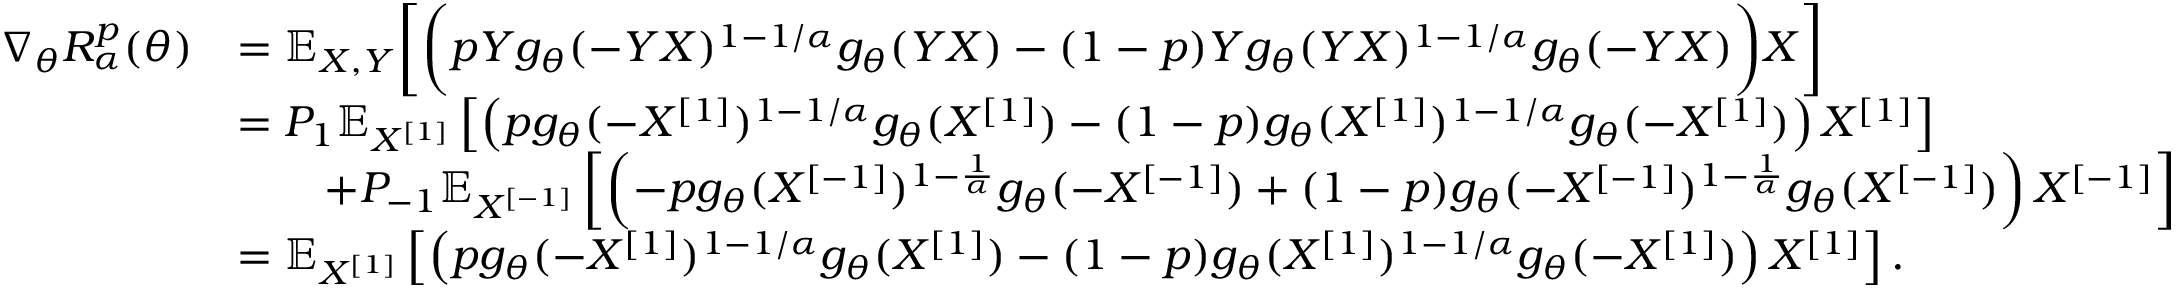
\begin{array} { r l } { \nabla _ { \theta } R _ { \alpha } ^ { p } ( \theta ) } & { = \mathbb { E } _ { X , Y } \bigg [ \bigg ( p Y g _ { \theta } ( - Y X ) ^ { 1 - 1 / \alpha } g _ { \theta } ( Y X ) - ( 1 - p ) Y g _ { \theta } ( Y X ) ^ { 1 - 1 / \alpha } g _ { \theta } ( - Y X ) \bigg ) X \bigg ] } \\ & { = P _ { 1 } \mathbb { E } _ { X ^ { [ 1 ] } } \left[ \left( p g _ { \theta } ( - X ^ { [ 1 ] } ) ^ { 1 - 1 / \alpha } g _ { \theta } ( X ^ { [ 1 ] } ) - ( 1 - p ) g _ { \theta } ( X ^ { [ 1 ] } ) ^ { 1 - 1 / \alpha } g _ { \theta } ( - X ^ { [ 1 ] } ) \right) X ^ { [ 1 ] } \right] } \\ & { \quad \quad + P _ { - 1 } \mathbb { E } _ { X ^ { [ - 1 ] } } \left[ \left( - p g _ { \theta } ( X ^ { [ - 1 ] } ) ^ { 1 - \frac { 1 } { \alpha } } g _ { \theta } ( - X ^ { [ - 1 ] } ) + ( 1 - p ) g _ { \theta } ( - X ^ { [ - 1 ] } ) ^ { 1 - \frac { 1 } { \alpha } } g _ { \theta } ( X ^ { [ - 1 ] } ) \right) X ^ { [ - 1 ] } \right] } \\ & { = \mathbb { E } _ { X ^ { [ 1 ] } } \left[ \left( p g _ { \theta } ( - X ^ { [ 1 ] } ) ^ { 1 - 1 / \alpha } g _ { \theta } ( X ^ { [ 1 ] } ) - ( 1 - p ) g _ { \theta } ( X ^ { [ 1 ] } ) ^ { 1 - 1 / \alpha } g _ { \theta } ( - X ^ { [ 1 ] } ) \right) X ^ { [ 1 ] } \right] . } \end{array}